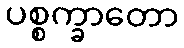
ပစ္စက္ခာတော